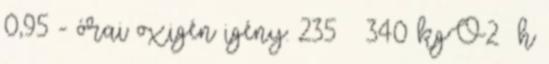
0,95 - órai oxigén igény: 235 – 340 kgO2 h